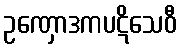
ဥဏှောဒကပဋိသေဝီ